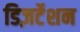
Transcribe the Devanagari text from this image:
डिज़र्टेशन